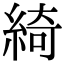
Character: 綺